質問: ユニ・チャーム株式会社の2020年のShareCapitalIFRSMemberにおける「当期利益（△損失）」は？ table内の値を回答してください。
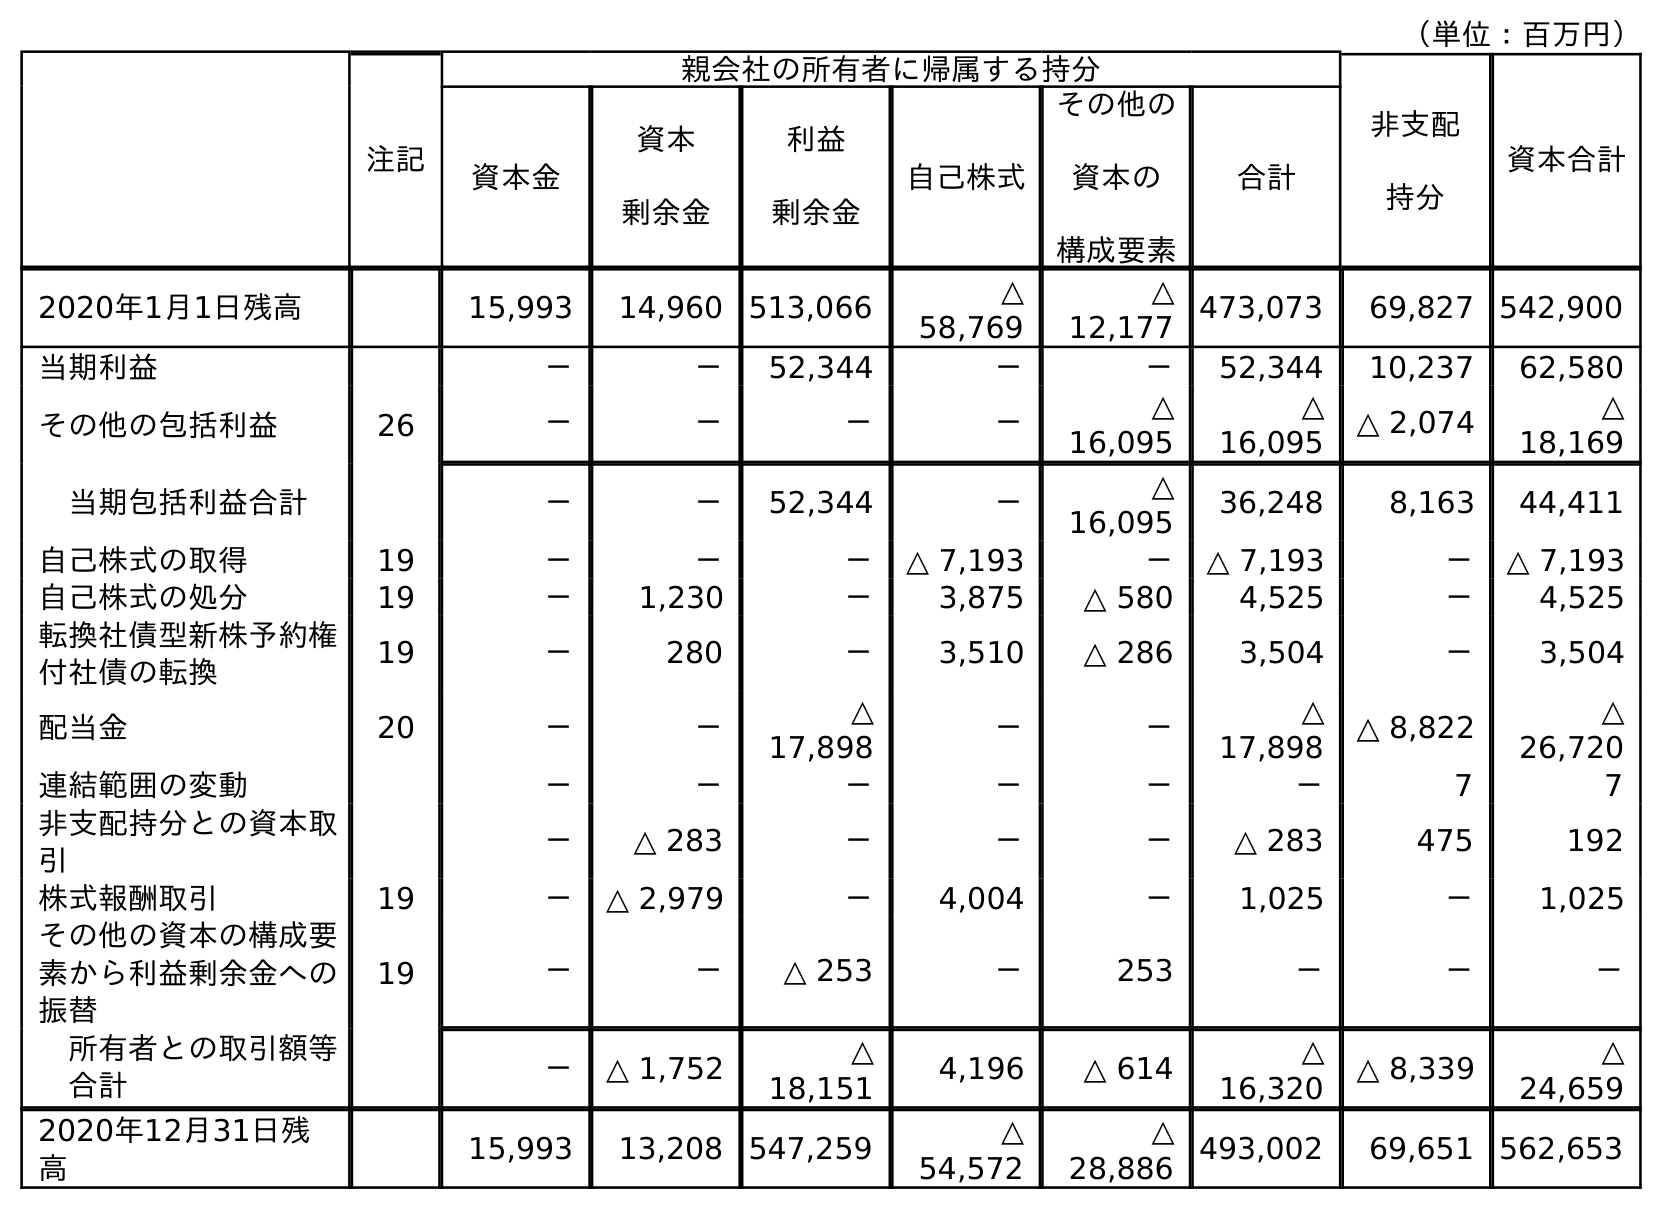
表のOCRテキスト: （単位：百万円） 注記 親会社の所有者に帰属する持分 非支配 持分 資本合計 資本金 資本 剰余金 利益 剰余金 自己株式 その他の 資本の 構成要素 合計 2020年1月1日残高 15,993 14,960 513,066 △ 58,769 △ 12,177 473,073 69,827 542,900 当期利益 － － 52,344 － － 52,344 10,237 62,580 その他の包括利益 26 － － － － △ 16,095 △ 16,095 △ 2,074 △ 18,169 当期包括利益合計 － － 52,344 － △ 16,095 36,248 8,163 44,411 自己株式の取得 19 － － － △ 7,193 － △ 7,193 － △ 7,193 自己株式の処分 19 － 1,230 － 3,875 △ 580 4,525 － 4,525 転換社債型新株予約権 付社債の転換 19 － 280 － 3,510 △ 286 3,504 － 3,504 配当金 20 － － △ 17,898 － － △ 17,898 △ 8,822 △ 26,720 連結範囲の変動 － － － － － － 7 7 非支配持分との資本取 引 － △ 283 － － － △ 283 475 192 株式報酬取引 19 － △ 2,979 － 4,004 － 1,025 － 1,025 その他の資本の構成要 素から利益剰余金への 振替 19 － － △ 253 － 253 － － － 所有者との取引額等 合計 － △ 1,752 △ 18,151 4,196 △ 614 △ 16,320 △ 8,339 △ 24,659 2020年12月31日残 高 15,993 13,208 547,259 △ 54,572 △ 28,886 493,002 69,651 562,653
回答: －